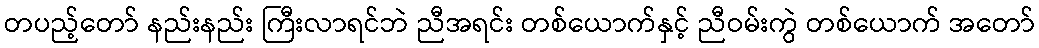
တပည့်တော် နည်းနည်း ကြီးလာရင်ဘဲ ညီအရင်း တစ်ယောက်နှင့် ညီဝမ်းကွဲ တစ်ယောက် အတော်